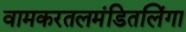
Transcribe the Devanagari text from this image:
वामकरतलमंडितलिंगा